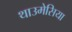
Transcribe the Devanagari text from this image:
थाउमेसिया